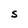
Character: S